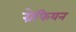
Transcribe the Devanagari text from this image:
ग्रेफियन